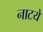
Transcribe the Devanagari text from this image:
नाटये